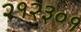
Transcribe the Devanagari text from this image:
२१२३०१